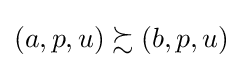
\left(a,p,u\right)\succsim \left(b,p,u\right)